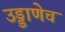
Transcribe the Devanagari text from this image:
उड्डाणेच